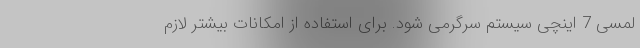
لمسی 7 اینچی سیستم سرگرمی شود. برای استفاده از امکانات بیشتر لازم